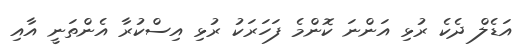
އަޑެލް ދެކެ ރުޅި އަންނަ ކޮންމެ ފަހަރަކު ރުޅި އިސްކުރާ އެންތަނީ އާއި